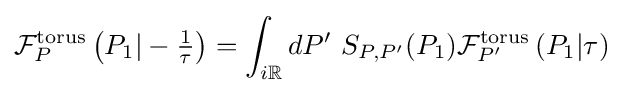
{\mathcal {F}}_{P}^{\text{torus}}\left(P_{1}|-{\tfrac {1}{\tau }}\right)=\int _{i\mathbb {R} }dP'\ S_{P,P'}(P_{1}){\mathcal {F}}_{P'}^{\text{torus}}\left(P_{1}|\tau \right)\